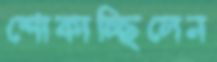
শোকাচ্ছিলেন